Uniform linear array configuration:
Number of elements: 32
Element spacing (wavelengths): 1
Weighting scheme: kaiser
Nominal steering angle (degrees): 0
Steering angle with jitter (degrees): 0.8304
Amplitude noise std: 0.05
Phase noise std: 0.05

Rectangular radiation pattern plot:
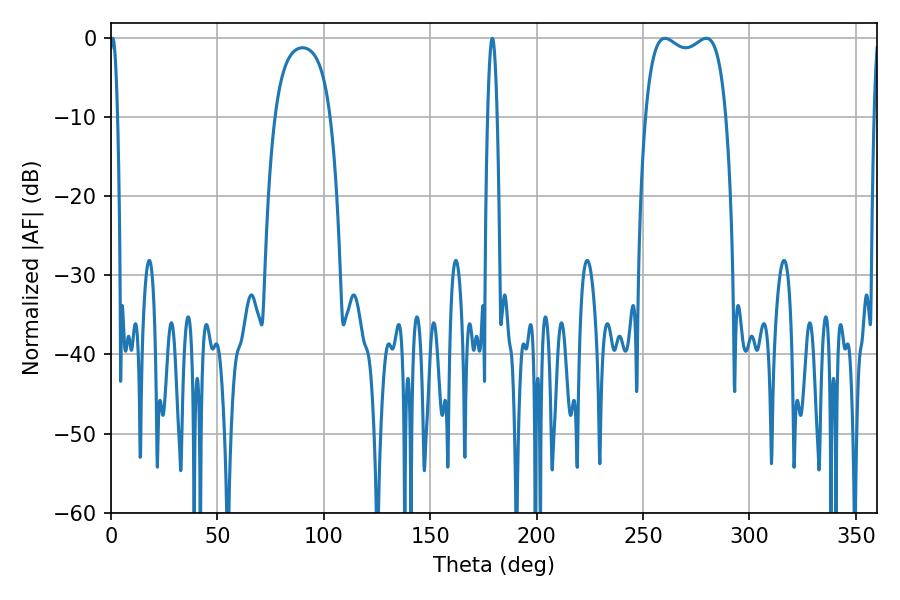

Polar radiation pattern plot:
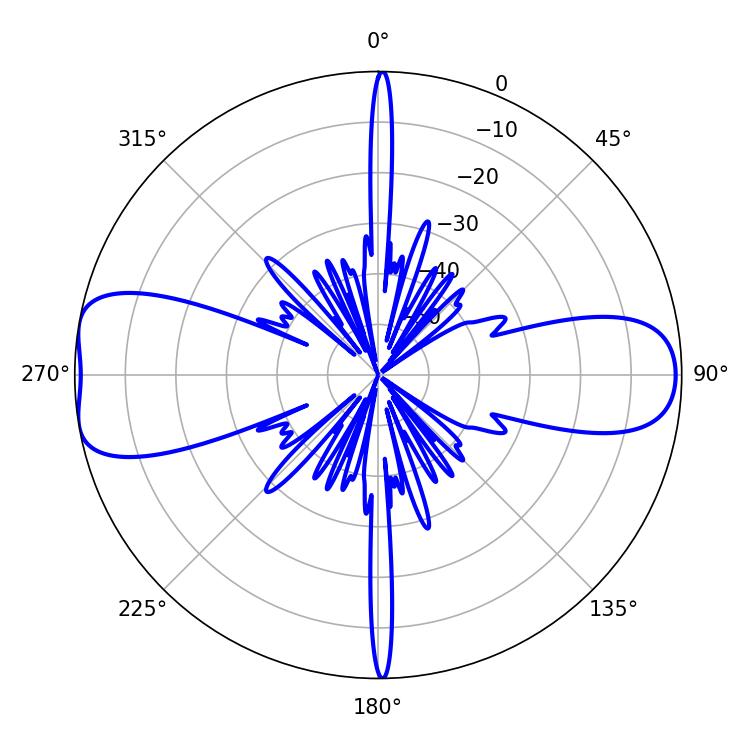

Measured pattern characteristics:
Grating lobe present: TRUE
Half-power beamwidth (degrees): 30.96
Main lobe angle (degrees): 260.28